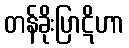
တန်ခိုးပြာဋိဟာ